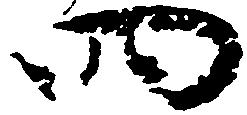
四